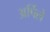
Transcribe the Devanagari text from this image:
अर्पिले